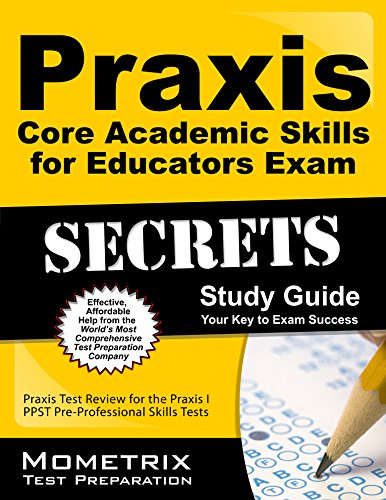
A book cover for Praxis Core Academic Skills for Educators Exam Secrets Study Guide: Praxis Test Review for the Praxis Core Academic Skills for Educators Tests; Praxis Exam Secrets Test Prep Team; Test Preparation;